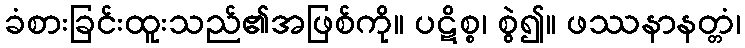
ခံစားခြင်းထူးသည်၏အဖြစ်ကို။ ပဋိစ္စ၊ စွဲ၍။ ဖဿနာနတ္တံ၊